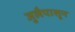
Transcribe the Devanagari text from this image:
जुलैपासून